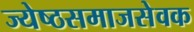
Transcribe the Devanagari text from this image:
ज्येष्ठसमाजसेवक